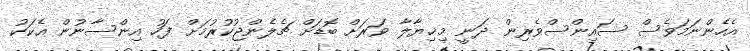
އެހެންނަމަވެސް ސައިންސްވެރިން ދަނީ މިޚިޔާލާ ވަރަށް ބޮޑަށް ޗެލެންޖުކުރުމަށް ފަހު އިންސާނުން އެކަކު